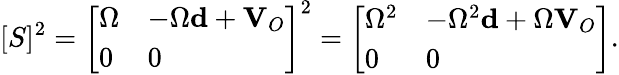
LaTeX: [S]^{2}={\left[\begin{array}{ll}{\Omega}&{-\Omega{\textbf{d}}+{\textbf{V}}_{O}}\\ {0}&{0}\end{array}\right]}^{2}={\left[\begin{array}{ll}{\Omega^{2}}&{-\Omega^{2}{\textbf{d}}+\Omega{\textbf{V}}_{O}}\\ {0}&{0}\end{array}\right]}.